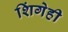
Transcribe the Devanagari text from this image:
शिंगेही